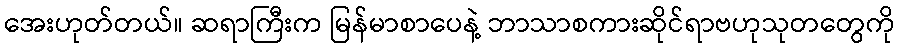
အေးဟုတ်တယ်။ ဆရာကြီးက မြန်မာစာပေနဲ့ ဘာသာစကားဆိုင်ရာဗဟုသုတတွေကို